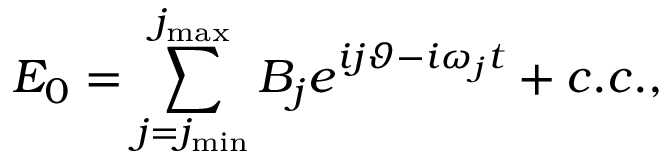
{ \cal E } _ { 0 } = \sum _ { j = j _ { \operatorname* { m i n } } } ^ { j _ { \operatorname* { m a x } } } B _ { j } e ^ { i j \vartheta - i \omega _ { j } t } + c . c . ,